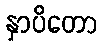
နှာပိတော